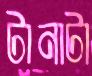
টানাটা